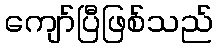
ကျော်ပြီဖြစ်သည်